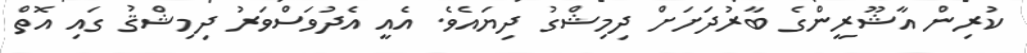
ކުރިން އާޝޫރީންގެ ބާރުދަށަށް ދިމިޝްގު ދިޔައެވެ. އެއީ އެދުވަސްވަރު ދިމިޝްޤު ގައި އޮތް